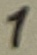
Text: 1